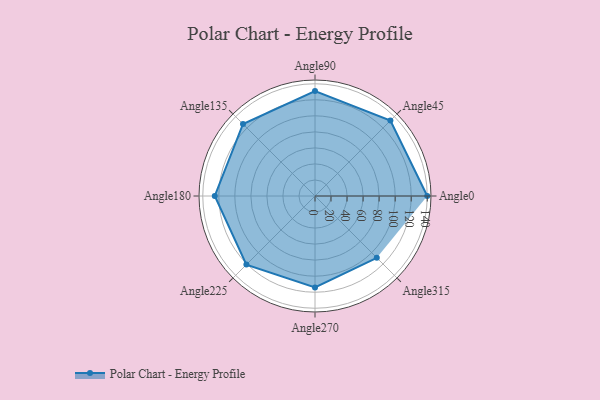
{"axis": {"x": "Angle", "y": "Radius"}, "legend": [""], "data": [{"x": "Angle0", "y": 140.0, "type": ""}, {"x": "Angle45", "y": 133.0, "type": ""}, {"x": "Angle90", "y": 131.0, "type": ""}, {"x": "Angle135", "y": 127.0, "type": ""}, {"x": "Angle180", "y": 125.0, "type": ""}, {"x": "Angle225", "y": 121.0, "type": ""}, {"x": "Angle270", "y": 114.0, "type": ""}, {"x": "Angle315", "y": 109.0, "type": ""}]}